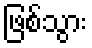
ဖြစ်သွား